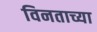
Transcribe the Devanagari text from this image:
विनताच्या